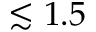
\lesssim 1 . 5